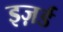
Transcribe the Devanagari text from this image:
इज़र्ड